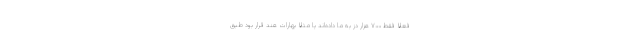
فعلا فقط ۷۰۰ هزار دُز به ما داده‌اند یا مثلا بهارات هند قرار بود طبق